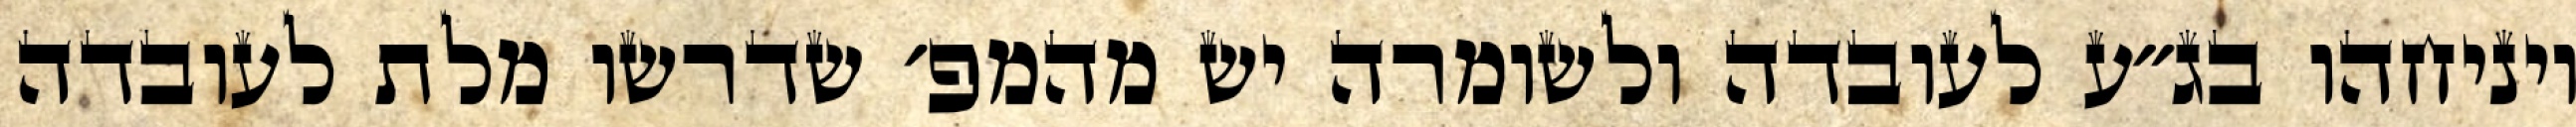
ויניחהו בג״ע לעובדה ולשומרה יש מהמפ׳ שדרשו מלת לעובדה